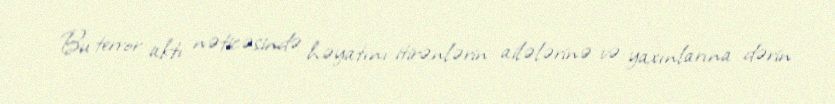
Bu terror aktı nəticəsində həyatını itirənlərin ailələrinə və yaxınlarına dərin